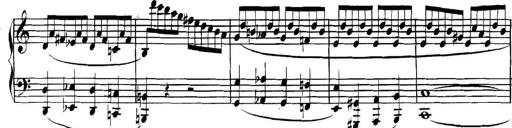
Title: Collected Piano Sonatas
Composer: Muzio Clementi